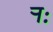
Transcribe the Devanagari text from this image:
र्‍ाः